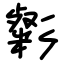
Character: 㣓